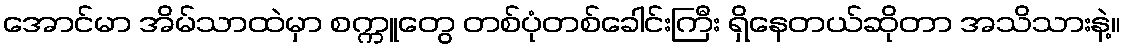
အောင်မာ အိမ်သာထဲမှာ စက္ကူတွေ တစ်ပုံတစ်ခေါင်းကြီး ရှိနေတယ်ဆိုတာ အသိသားနဲ့။